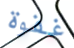
غفوة